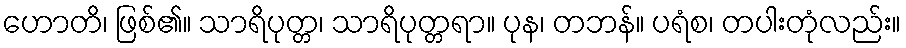
ဟောတိ၊ ဖြစ်၏။ သာရိပုတ္တ၊ သာရိပုတ္တရာ။ ပုန၊ တဘန်။ ပရံစ၊ တပါးတုံလည်း။